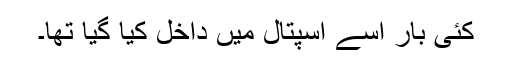
کئی بار اسے اسپتال میں داخل کیا گیا تھا۔